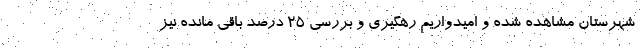
شهرستان مشاهده شده و امیدواریم رهگیری و بررسی ۲۵ درصد باقی مانده نیز